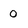
Character: 0